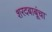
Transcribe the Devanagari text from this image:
शरदबाबूंचा